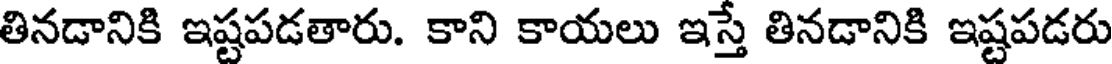
తినడానికి ఇష్టపడతారు. కాని కాయలు ఇస్తే తినడానికి ఇష్టపడరు